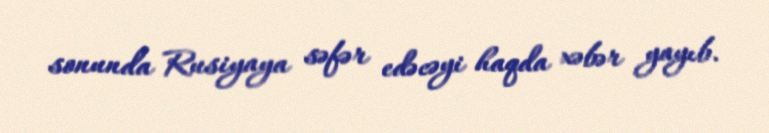
sonunda Rusiyaya səfər edəcəyi haqda xəbər yayıb.